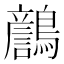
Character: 𪆿